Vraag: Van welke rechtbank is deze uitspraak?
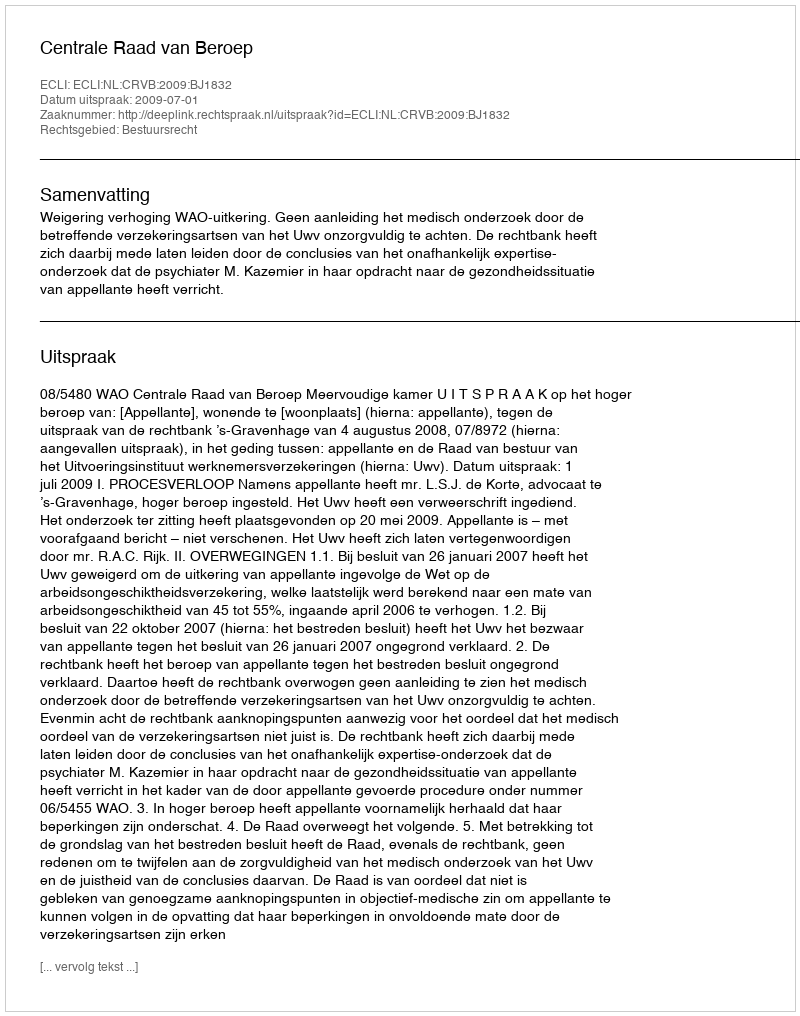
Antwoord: Centrale Raad van Beroep